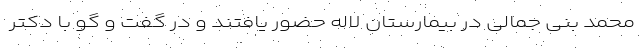
محمد بنی جمالی در بیمارستان لاله حضور یافتند و در گفت و گو با دکتر